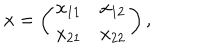
LaTeX: x = \left( \begin{array} { c c } { { x _ { 1 1 } } } & { { x _ { 1 2 } } } \\ { { x _ { 2 1 } } } & { { x _ { 2 2 } } } \\ \end{array} \right) ,